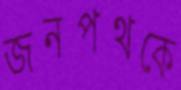
জনপথকে